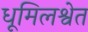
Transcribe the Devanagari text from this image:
धूमिलश्वेत